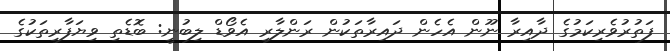
ފަތުރުވެރިކަމުގެ ދާއިރާ ނޫން އެހެން ދައިރާތަކުން ރަންލާރި އެވޯޑް ލިބުނީ: ބޮޑެތި ވިޔަފާރިތަކުގެ